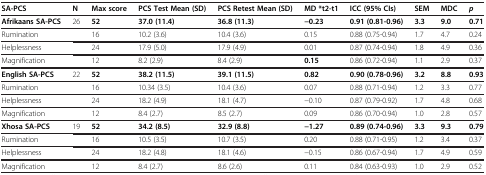
| SA-PCS | N | Max score | PCS Test Mean (SD) | PCS Retest Mean (SD) | MD *t2-t1 | ICC (95% CIs) | SEM | MDC | p |
 | --- | --- | --- | --- | --- | --- | --- | --- | --- | --- |
 | Afrikaans SA-PCS | 26 | 52 | 37.0 (11.4) | 36.8 (11.3) | −0.23 | 0.91 (0.81-0.96) | 3.3 | 9.0 | 0.71 |
 | Rumination |  | 16 | 10.2 (3.6) | 10.4 (3.6) | 0.15 | 0.88 (0.75-0.94) | 1.7 | 4.7 | 0.24 |
 | Helplessness |  | 24 | 17.9 (5.0) | 17.9 (4.9) | 0.01 | 0.87 (0.74-0.94) | 1.8 | 4.9 | 0.36 |
 | Magnification |  | 12 | 8.2 (2.9) | 8.4 (2.9) | 0.15 | 0.86 (0.72-0.94) | 1.1 | 2.9 | 0.37 |
 | English SA-PCS | 22 | 52 | 38.2 (11.5) | 39.1 (11.5) | 0.82 | 0.90 (0.78-0.96) | 3.2 | 8.8 | 0.93 |
 | Rumination |  | 16 | 10.34 (3.5) | 10.4 (3.6) | 0.07 | 0.88 (0.71-0.94) | 1.2 | 3.3 | 0.77 |
 | Helplessness |  | 24 | 18.2 (4.9) | 18.1 (4.7) | −0.10 | 0.87 (0.79-0.92) | 1.7 | 4.8 | 0.68 |
 | Magnification |  | 12 | 8.4 (2.7) | 8.5 (2.7) | 0.09 | 0.86 (0.70-0.94) | 1.0 | 2.8 | 0.57 |
 | Xhosa SA-PCS | 19 | 52 | 34.2 (8.5) | 32.9 (8.8) | −1.27 | 0.89 (0.74-0.96) | 3.3 | 9.3 | 0.79 |
 | Rumination |  | 16 | 10.5 (3.5) | 10.7 (3.5) | 0.20 | 0.88 (0.71-0.95) | 1.2 | 3.4 | 0.37 |
 | Helplessness |  | 24 | 18.2 (4.8) | 18.1 (4.6) | −0.15 | 0.86 (0.67-0.94) | 1.7 | 4.9 | 0.59 |
 | Magnification |  | 12 | 8.4 (2.7) | 8.6 (2.6) | 0.11 | 0.84 (0.63-0.93) | 1.0 | 2.9 | 0.52 |